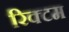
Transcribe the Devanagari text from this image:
रिक्टम